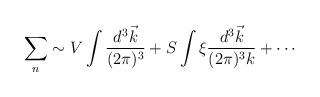
LaTeX: \begin{align*}\sum_n \sim V \int { d^3 \vec k\over (2\pi)^3} + S \int \xi { d^3 \vec k \over (2\pi)^3 k } + \cdots\end{align*}